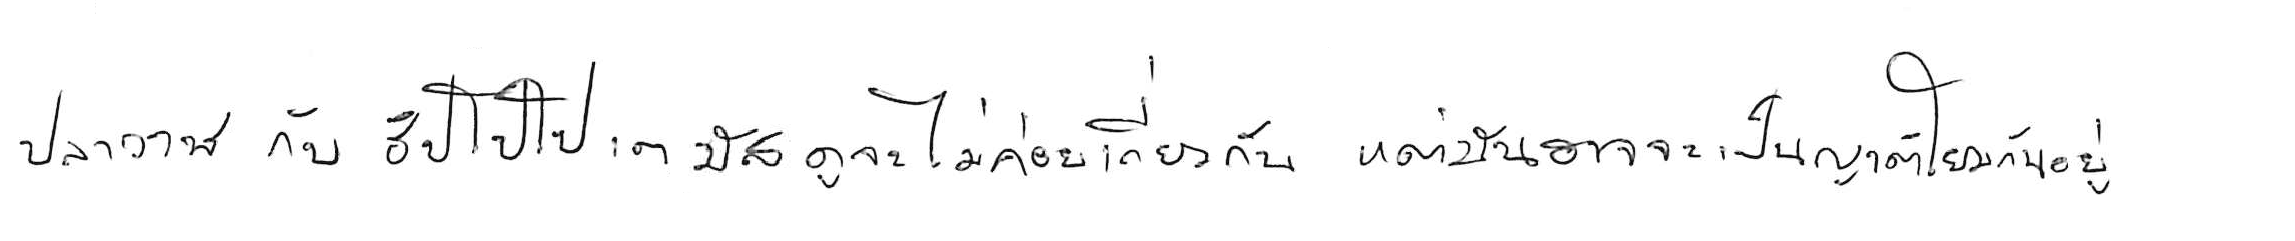
ปลาวาฬ กับ ฮิปโปโปเตมัส ดูจะไม่ค่อยเกี่ยวกัน แต่มันอาจเป็นญาติโยมกันอยู่